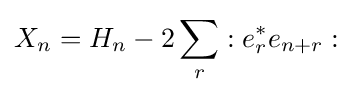
X_{n}=H_{n}-2\sum _{r}:e_{r}^{*}e_{n+r}: